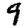
Digit: 9